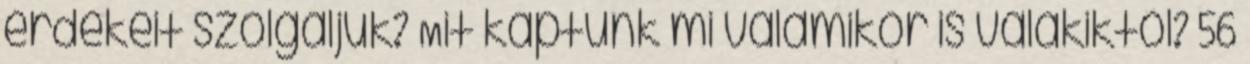
érdekeit szolgáljuk? Mit kaptunk mi valamikor is valakiktől? 56